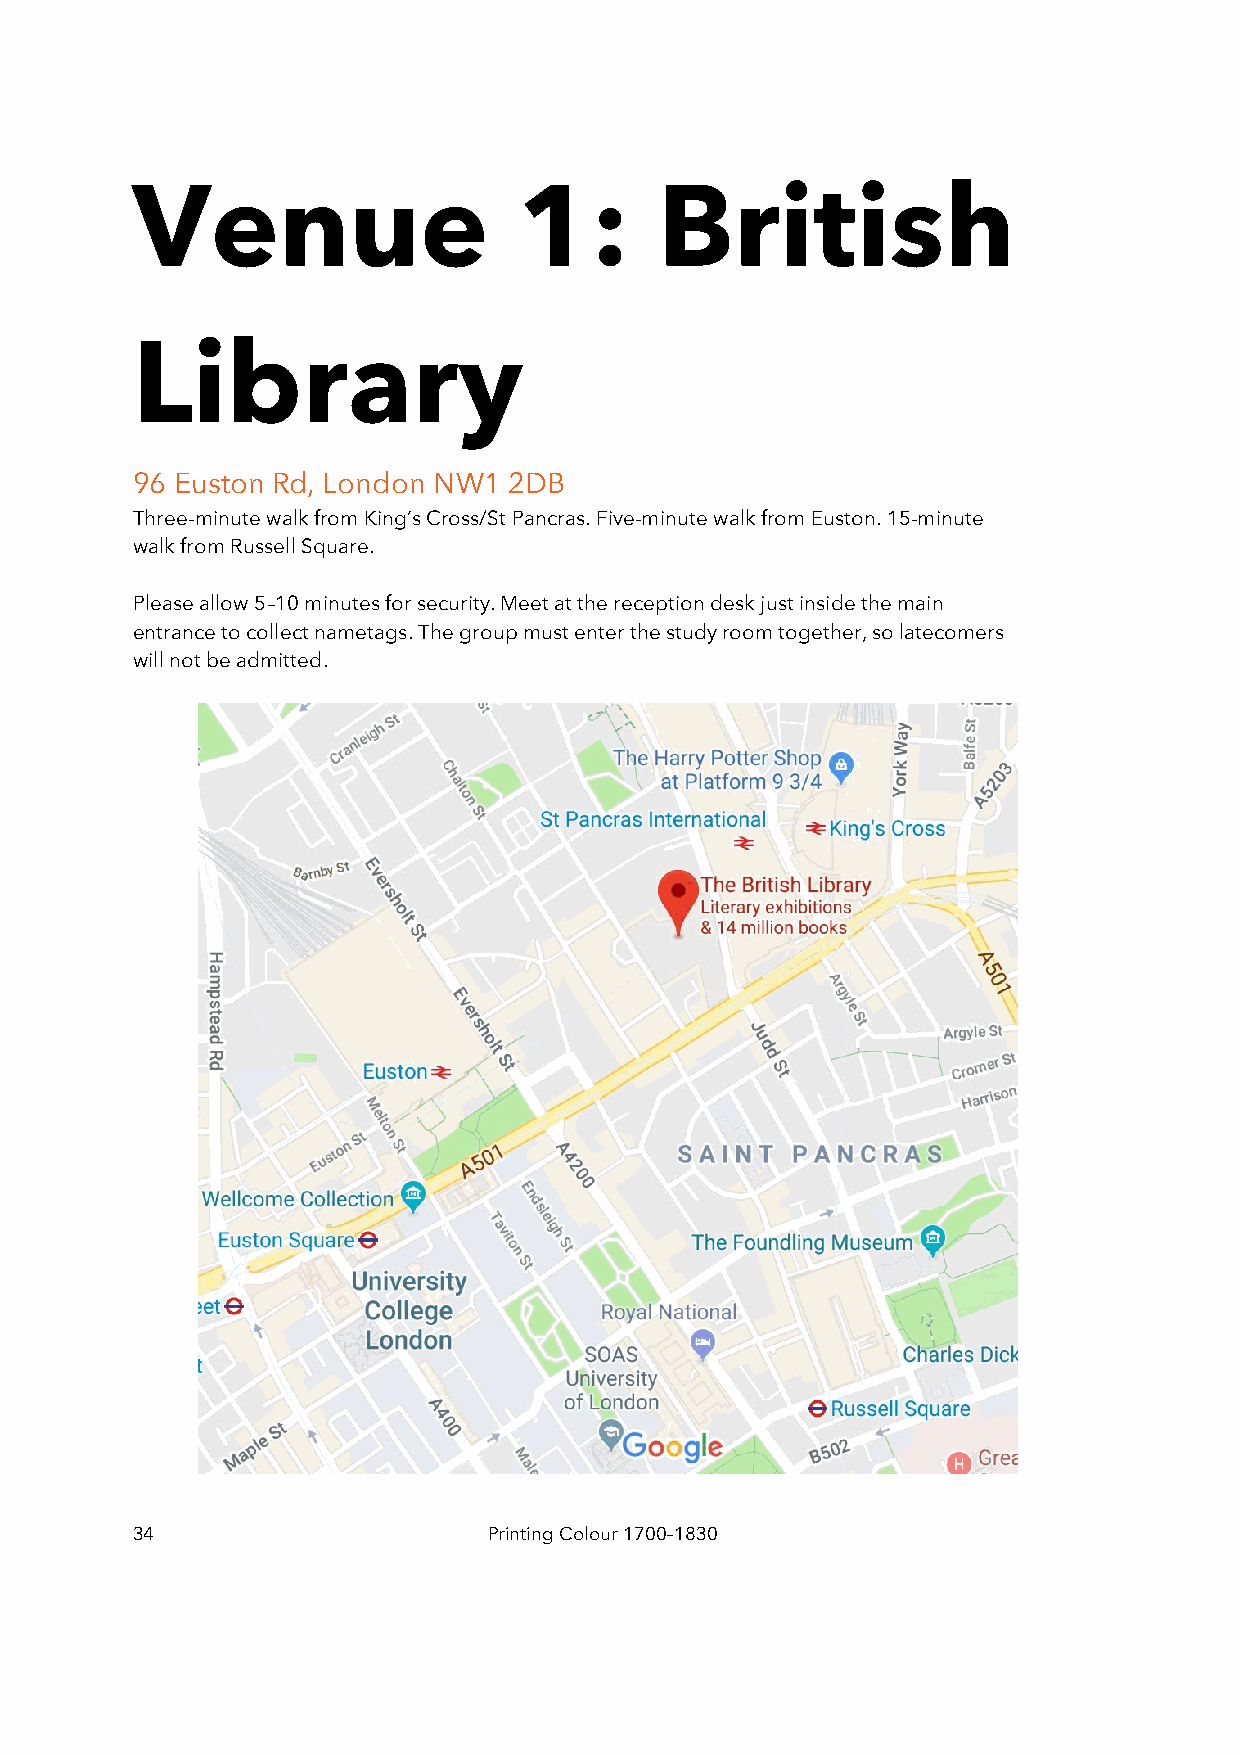
Venue                    1:        British
 Library
 96 Euston Rd, London NW1 2DB
 Three-minute walk from King’s Cross/St Pancras. Five-minute walk from Euston. 15-minute
 walk from Russell Square.
 Please allow 5–10 minutes for security. Meet at the reception desk just inside the main
 entrance to collect nametags. The group must enter the study room together, so latecomers
 will not be admitted.
 34                     Printing Colour 1700–1830